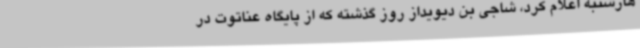
هارشنبه اعلام کرد، شاجی بن دیویداز روز گذشته که از پایگاه عناتوت در